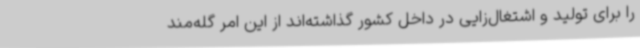
را برای تولید و اشتغال‌زایی در داخل کشور گذاشته‌اند از این امر گله‌مند